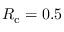
R _ { \mathrm { c } } = 0 . 5